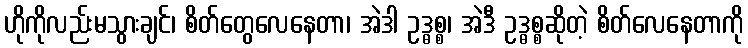
ဟိုကိုလည်းမသွားချင်၊ စိတ်တွေလေနေတာ၊ အဲဒါ ဥဒ္ဓစ္စ၊ အဲဒီ ဥဒ္ဓစ္စဆိုတဲ့ စိတ်လေနေတာကို